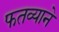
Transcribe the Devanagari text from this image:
फतव्याने